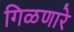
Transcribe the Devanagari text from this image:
गिळणारे